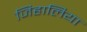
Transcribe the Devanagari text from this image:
जिहालिया